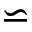
\backsimeq